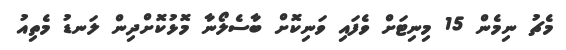
މެޗު ނިމެން 15 މިނިޓަށް ވެފައި ވަނިކޮށް ބާސެލޯނާ މޮޅުކޮށްދިން ލަނޑު މެތިއު